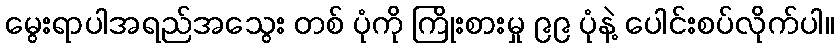
မွေးရာပါအရည်အသွေး တစ် ပုံကို ကြိုးစားမှု ၉၉ ပုံနဲ့ ပေါင်းစပ်လိုက်ပါ။